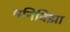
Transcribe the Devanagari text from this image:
मनिविझा